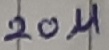
Text: 20µF